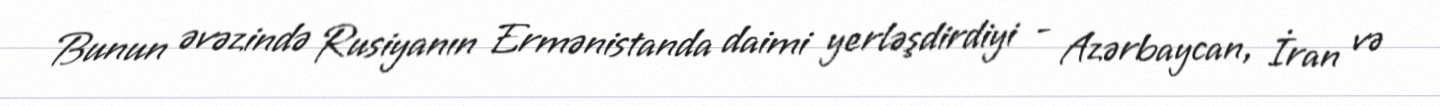
Bunun əvəzində Rusiyanın Ermənistanda daimi yerləşdirdiyi - Azərbaycan, İran və